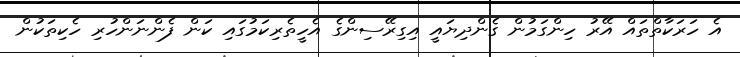
އެ ހަރަކާތްތައް އޭރު ހިންގަމުން ގެންދިޔައީ އިގިރޭސިންގެ އެހީތެރިކަމުގައި ކަން ފެންނަންހުރި ހެކިތަކުން